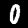
Label: 0